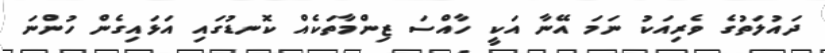
ދައުލަތުގެ ވެރިއަކު ނަމަ އޭނާ އަކީ ހާއްސަ ޒިންމާތަކެއް ކޮނޑުގައި އަޅައިގެން ހުންނަ